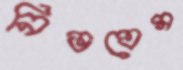
নিভতেম